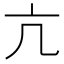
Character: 亢